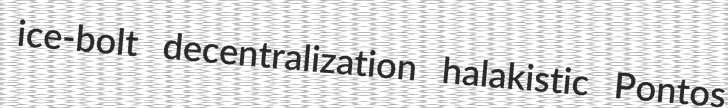
ice-bolt decentralization halakistic Pontos